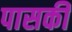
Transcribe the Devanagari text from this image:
पासकी